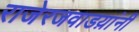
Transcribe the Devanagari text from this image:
राजेरजवाडय़ांनी